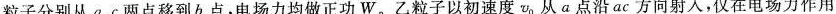
粒子分别从a、c两点移到b点，电场力均做正功W。乙粒子以初速度v_{0}从a点沿ac方向射入，仅在电场力作用